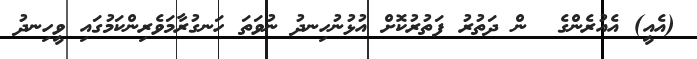
(އެއީ) އެއުރެންގެ  ން ދަތުރު ފަތުރުކޮށް އުޅުނުހިނދު ނުވަތަ ހަނގުރާމަވެރިންކަމުގައި ވީހިނދު